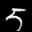
Label: 5